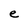
Character: e